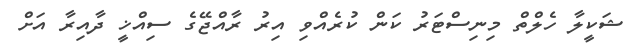
ޝަކީލާ ހެލްތް މިނިސްޓަރު ކަން ކުރެއްވި އިރު ރާއްޖޭގެ ސިއްޚީ ދާއިރާ އަށް